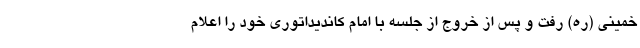
خمینی (ره) رفت و پس از خروج از جلسه با امام کاندیداتوری خود را اعلام